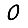
Digit: 0